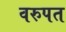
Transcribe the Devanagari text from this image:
वरुपत